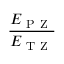
\frac { E _ { \mathrm { ~ P ~ Z ~ } } } { E _ { \mathrm { ~ T ~ Z ~ } } }